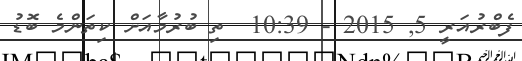
ފެބްރުއަރީ 5